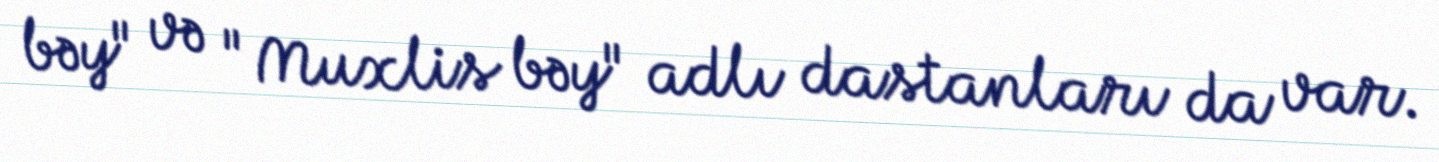
bəy" və "Muxlis bəy" adlı dastanları da var.